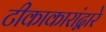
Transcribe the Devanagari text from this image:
टीकाकारांद्वारे